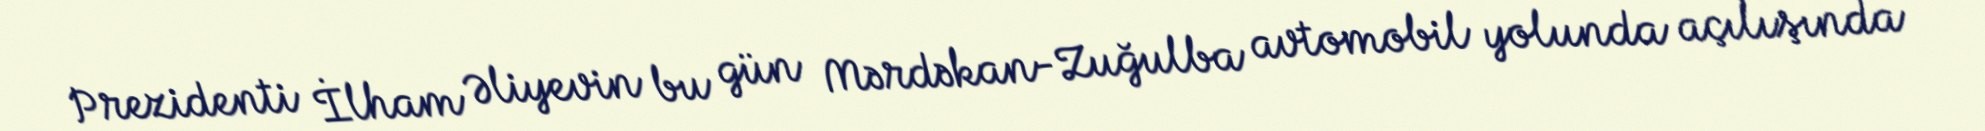
Prezidenti İlham Əliyevin bu gün Mərdəkan-Zuğulba avtomobil yolunda açılışında